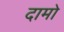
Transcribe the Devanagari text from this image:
दामो